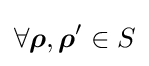
\forall {\boldsymbol {\rho }},{\boldsymbol {\rho }}'\in S